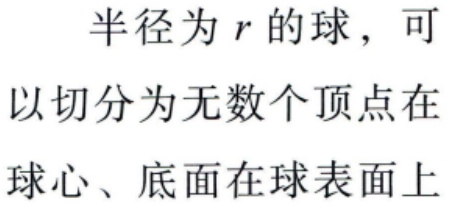
半径为 \(r\) 的球，可以切分为无数个顶点在球心、底面在球表面上